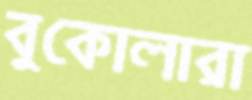
বুকোলারা